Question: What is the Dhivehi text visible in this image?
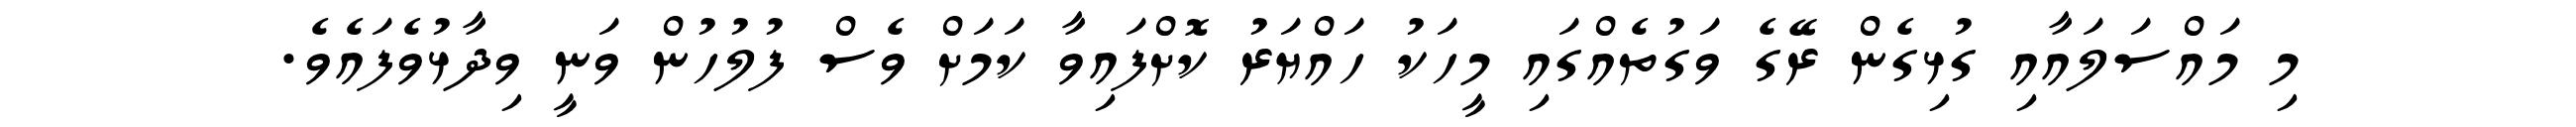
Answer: މި މައްސަލައާއި ގުޅިގެން ރޭގެ ވަގުތެއްގައި މީހަކު ހައްޔަރު ކޮށްފައިވާ ކަމަށް ވެސް ފުލުހުން ވަނީ ވިދާޅުވެފައެވެ.